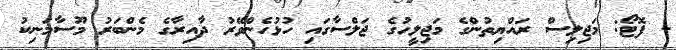
- ފޮޓޯ: މަޖިލިސް ރައްޔިތުންގެ މަޖިލީހުގެ ޖަލްސާގައި ހުޅުހެންވޭރު ދާއިރާގެ މެންބަރު މޫސާމަނިކު